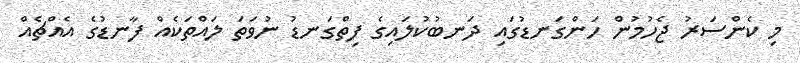
މި ކެންސަރު ޖެހުމުން ހަންގަނޑުގައި ދަނބުކުލައިގެ ފިތްގަނޑު ނުވަތަ ލައްތަކެއް ފާނޑުގެ އެއްޗެއް